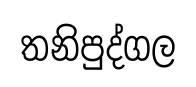
තනිපුද්ගල